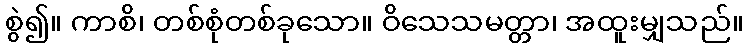
စွဲ၍။ ကာစိ၊ တစ်စုံတစ်ခုသော။ ဝိသေသမတ္တာ၊ အထူးမျှသည်။